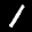
Label: 1